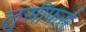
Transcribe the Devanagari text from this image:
लुसीफर्स